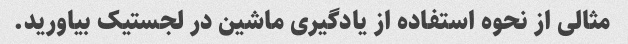
مثالی از نحوه استفاده از یادگیری ماشین در لجستیک بیاورید.